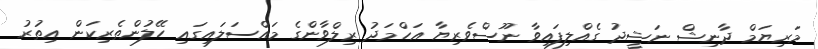
މަރިޔަމް ދާނިޝް ނަޝީދު ގެއްލިފައިވާ ނޫސްވެރިޔާ އަހްމަދު ރިލްވާންގެ މައްސަލައިގައި ހޭލުންތެރިކަން އިތުރު